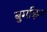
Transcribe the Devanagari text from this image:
बुर्गाइन